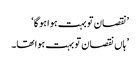
’نقصان تو بہت ہوا ہو گا‘
’ ہاں نقصان تو بہت ہوا تھا۔